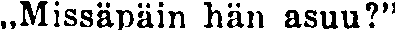
,,Missäpäin hän asuu?''